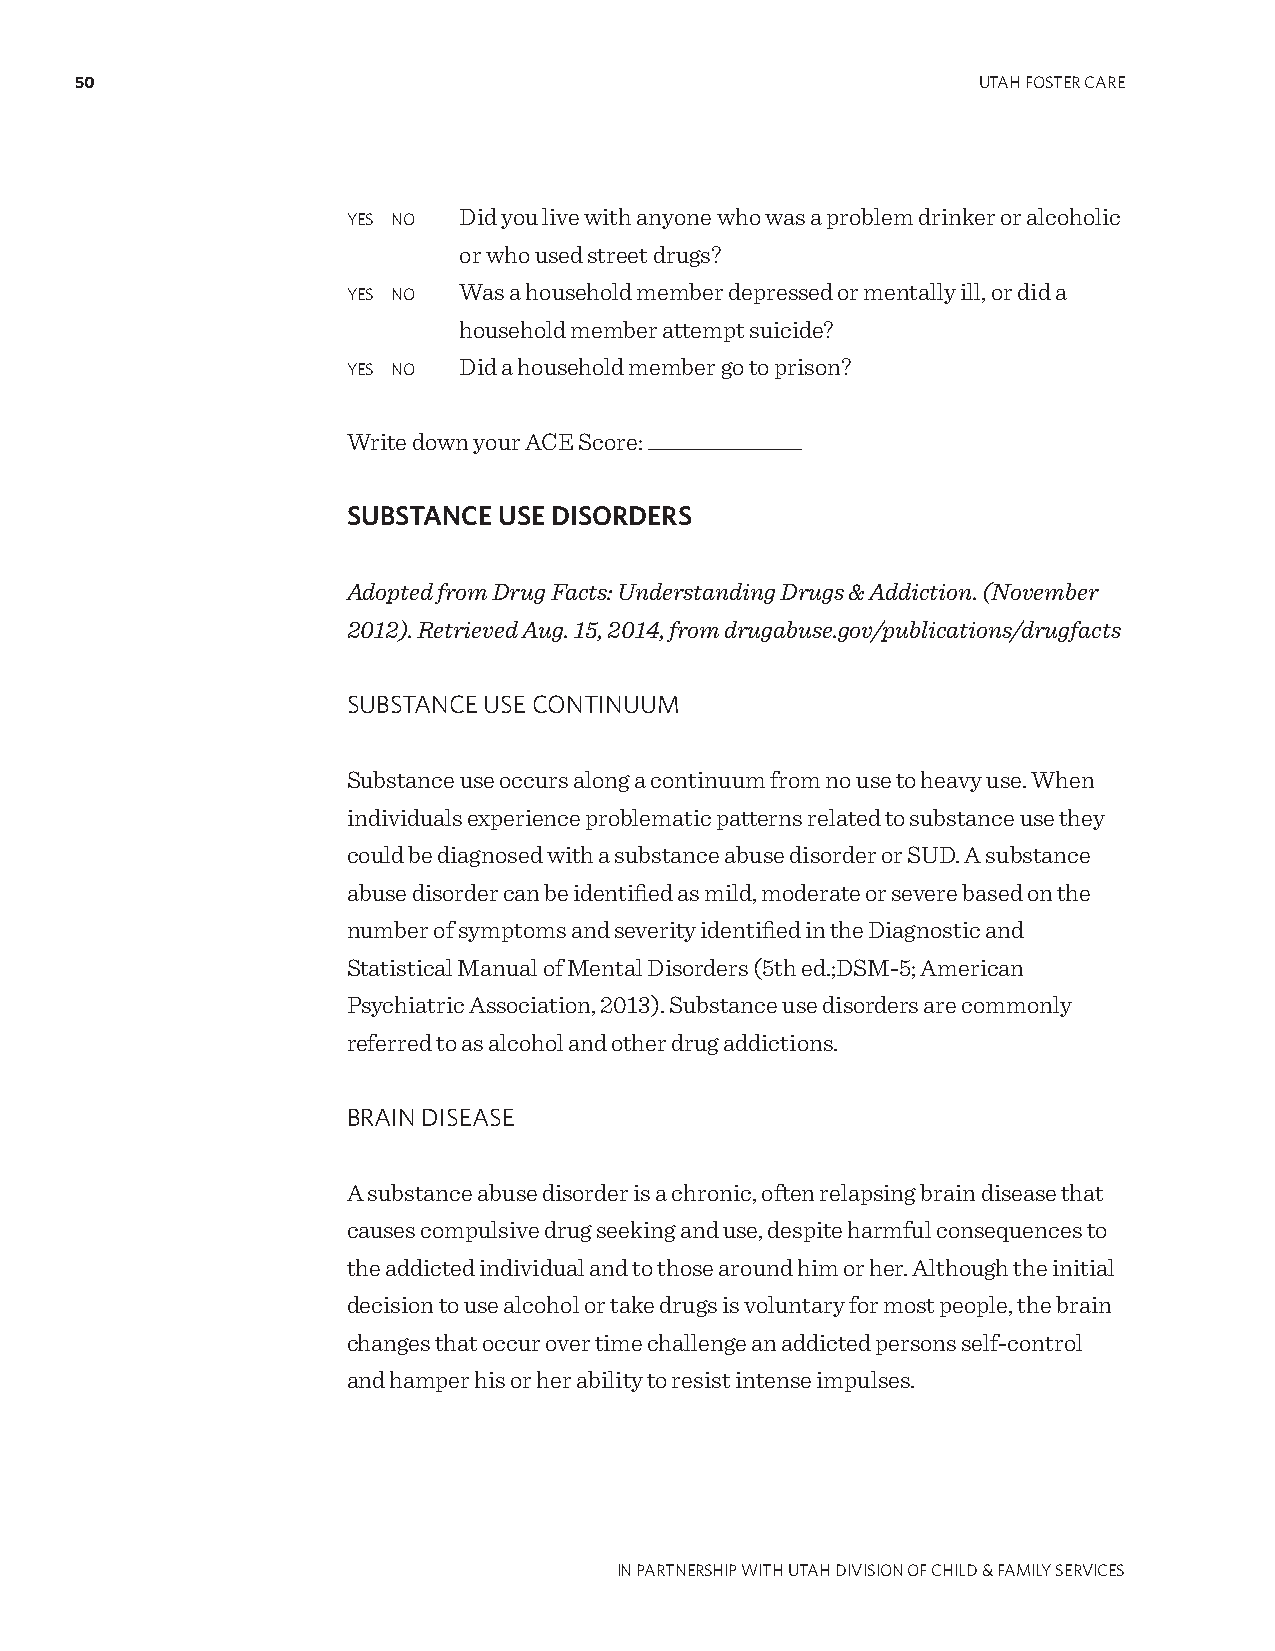
50                                                          UTAH FOSTER CARE
 YES NO Did you live with anyone who was a problem drinker or alcoholic
 or who used street drugs?
 YES NO Was a household member depressed or mentally ill, or did a
 household member attempt suicide?
 YES NO Did a household member go to prison?
 Write down your ACE Score: ______________
 SUBSTANCE USE DISORDERS
 Adopted from Drug Facts: Understanding Drugs & Addiction. (November
 2012). Retrieved Aug. 15, 2014, from drugabuse.gov/publications/drugfacts
 SUBSTANCE USE CONTINUUM
 Substance use occurs along a continuum from no use to heavy use. When
 individuals experience problematic patterns related to substance use they
 could be diagnosed with a substance abuse disorder or SUD. A substance
 abuse disorder can be identified as mild, moderate or severe based on the
 number of symptoms and severity identified in the Diagnostic and
 Statistical Manual of Mental Disorders (5th ed.;DSM-5; American
 Psychiatric Association, 2013). Substance use disorders are commonly
 referred to as alcohol and other drug addictions.
 BRAIN DISEASE
 A substance abuse disorder is a chronic, often relapsing brain disease that
 causes compulsive drug seeking and use, despite harmful consequences to
 the addicted individual and to those around him or her. Although the initial
 decision to use alcohol or take drugs is voluntary for most people, the brain
 changes that occur over time challenge an addicted persons self-control
 and hamper his or her ability to resist intense impulses.
 IN PARTNERSHIP WITH UTAH DIVISION OF CHILD & FAMILY SERVICES